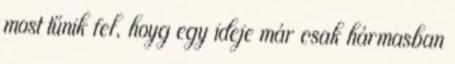
most tűnik fel, hoyg egy ideje már csak hármasban